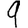
Digit: 9